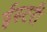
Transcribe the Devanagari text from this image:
ईस्टरी